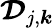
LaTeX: \boldsymbol{\mathcal{D}}_{j,\boldsymbol{k}}